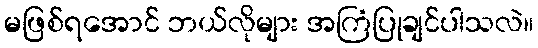
မဖြစ်ရအောင် ဘယ်လိုများ အကြံပြုချင်ပါသလဲ။